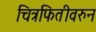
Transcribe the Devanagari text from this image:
चित्रफितीवरुन